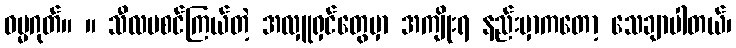
ဓမ္မဂုတ်။ ။ သီလမစင်ကြယ်တဲ့ အလှူရှင်တွေမှာ အကျိုးရ နည်းမှာကတော့ သေချာပါတယ်၊